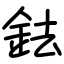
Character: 鉣